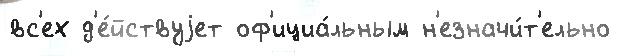
вс'ех д'е́йствуjет оф'ициа́льным н'езначи́т'ельно